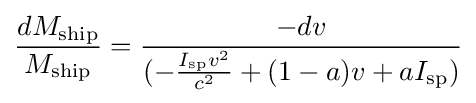
{\frac {dM_{\text{ship}}}{M_{\text{ship}}}}={\frac {-dv}{(-{\frac {I_{\text{sp}}v^{2}}{c^{2}}}+(1-a)v+aI_{\text{sp}})}}